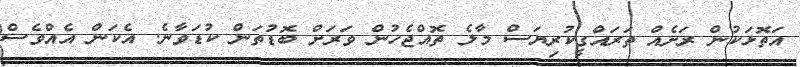
އަތޮޅަކުން ރަށެއް ތަރައްގީކުރިޔަސް މާލެ ތޮއްޖެހުން ވަރަށް ބޮޑުތަން ކުޑަވާނެ. އެކަން އެއްވެސް